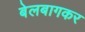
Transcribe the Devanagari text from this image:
बेलबागकर